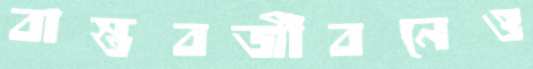
বাস্তবজীবনেও